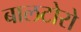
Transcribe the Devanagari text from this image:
बालटोरो